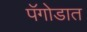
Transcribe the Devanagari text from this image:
पॅगोडात